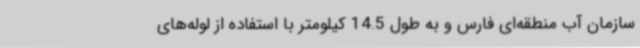
سازمان آب منطقه‌ای فارس و به طول 14.5 کیلومتر با استفاده از لوله‌های